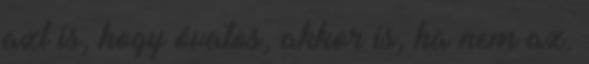
azt is, hogy óvatos, akkor is, ha nem az.